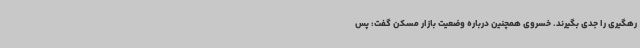
رهگیری را جدی بگیرند. خسروی همچنین درباره وضعیت بازار مسکن گفت: پس